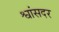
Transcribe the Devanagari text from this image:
श्वांसदर